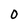
Character: 0